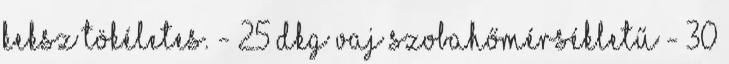
keksz tökéletes. - 25 dkg vaj szobahőmérsékletű - 30